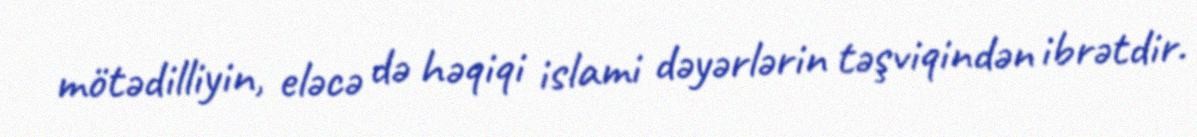
mötədilliyin, eləcə də həqiqi islami dəyərlərin təşviqindən ibrətdir.